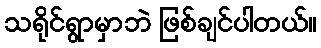
သရိုင်ရွာမှာဘဲ ဖြစ်ချင်ပါတယ်။